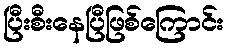
ပြီးစီးနေပြီဖြစ်ကြောင်း